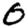
Digit: 0